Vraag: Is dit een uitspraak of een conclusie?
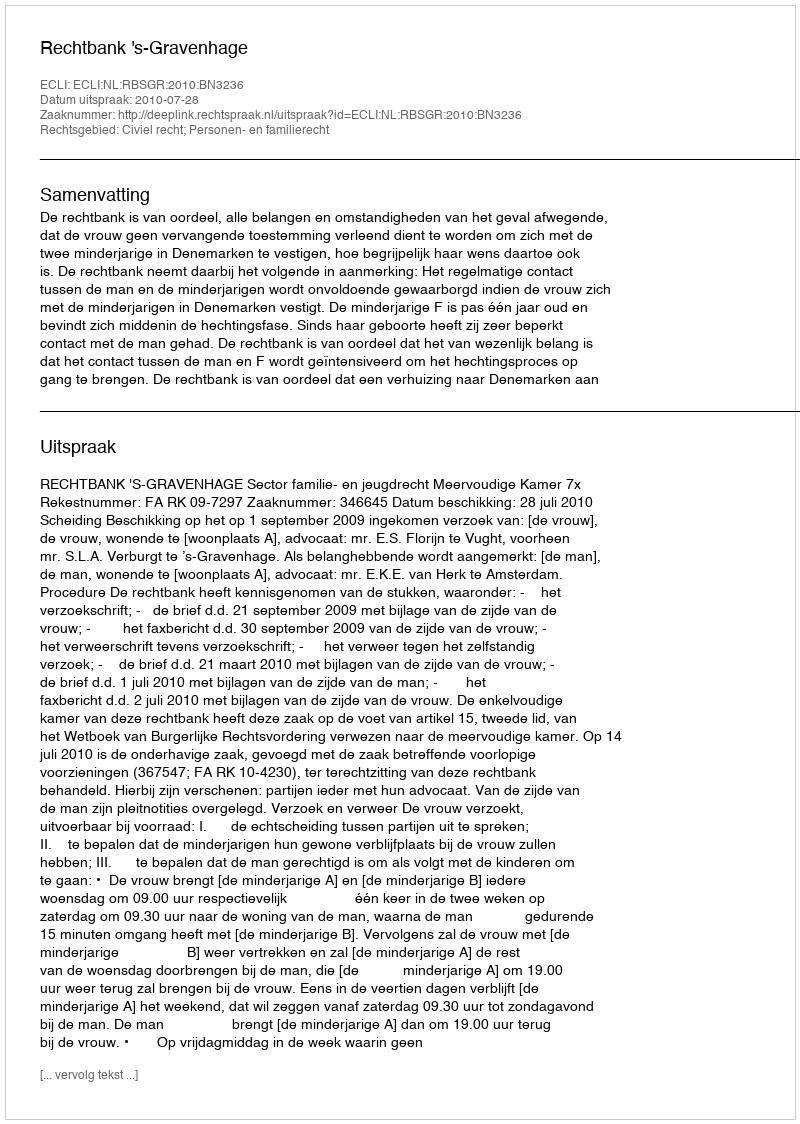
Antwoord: Uitspraak